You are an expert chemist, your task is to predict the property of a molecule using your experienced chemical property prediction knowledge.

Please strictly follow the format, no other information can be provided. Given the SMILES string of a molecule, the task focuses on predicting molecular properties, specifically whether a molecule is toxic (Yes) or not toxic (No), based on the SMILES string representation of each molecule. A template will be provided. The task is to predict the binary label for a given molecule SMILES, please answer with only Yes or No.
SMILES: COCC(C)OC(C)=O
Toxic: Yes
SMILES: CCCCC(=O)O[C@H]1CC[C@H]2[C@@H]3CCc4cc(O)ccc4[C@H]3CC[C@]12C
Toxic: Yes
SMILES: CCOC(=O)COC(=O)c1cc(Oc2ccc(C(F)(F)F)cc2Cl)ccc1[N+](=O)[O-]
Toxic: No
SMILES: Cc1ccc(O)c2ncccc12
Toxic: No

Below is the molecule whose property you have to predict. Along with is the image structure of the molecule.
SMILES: COc1ccc(COC(C)=O)cc1
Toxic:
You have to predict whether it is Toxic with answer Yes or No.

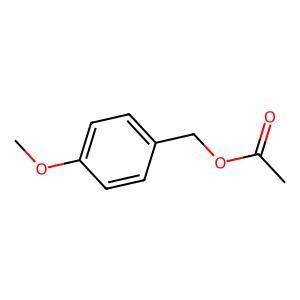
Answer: No